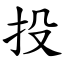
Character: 投